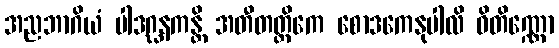
အညဘာဂိယံ ပါဒဂ္ဃနကန္တိ အတီတတ္တိကေ စောဒကေနုပါလိ ဝိတိဏ္ဏော